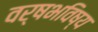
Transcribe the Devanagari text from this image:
वर्षभविष्य